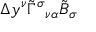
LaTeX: \Delta y ^ { \nu } \tilde { \Gamma } ^ { \sigma } { } _ { \nu \alpha } \tilde { B } _ { \sigma }